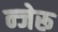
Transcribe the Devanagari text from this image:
न्जेरू